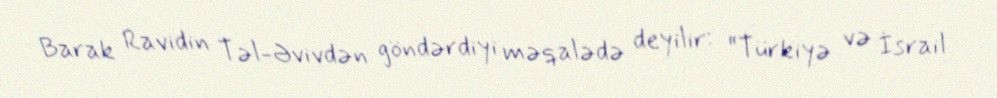
Barak Ravidin Təl-Əvivdən göndərdiyi məqalədə deyilir: “Türkiyə və İsrail